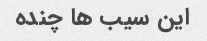
این سیب ها چنده